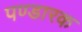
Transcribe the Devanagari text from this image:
पण्डारक